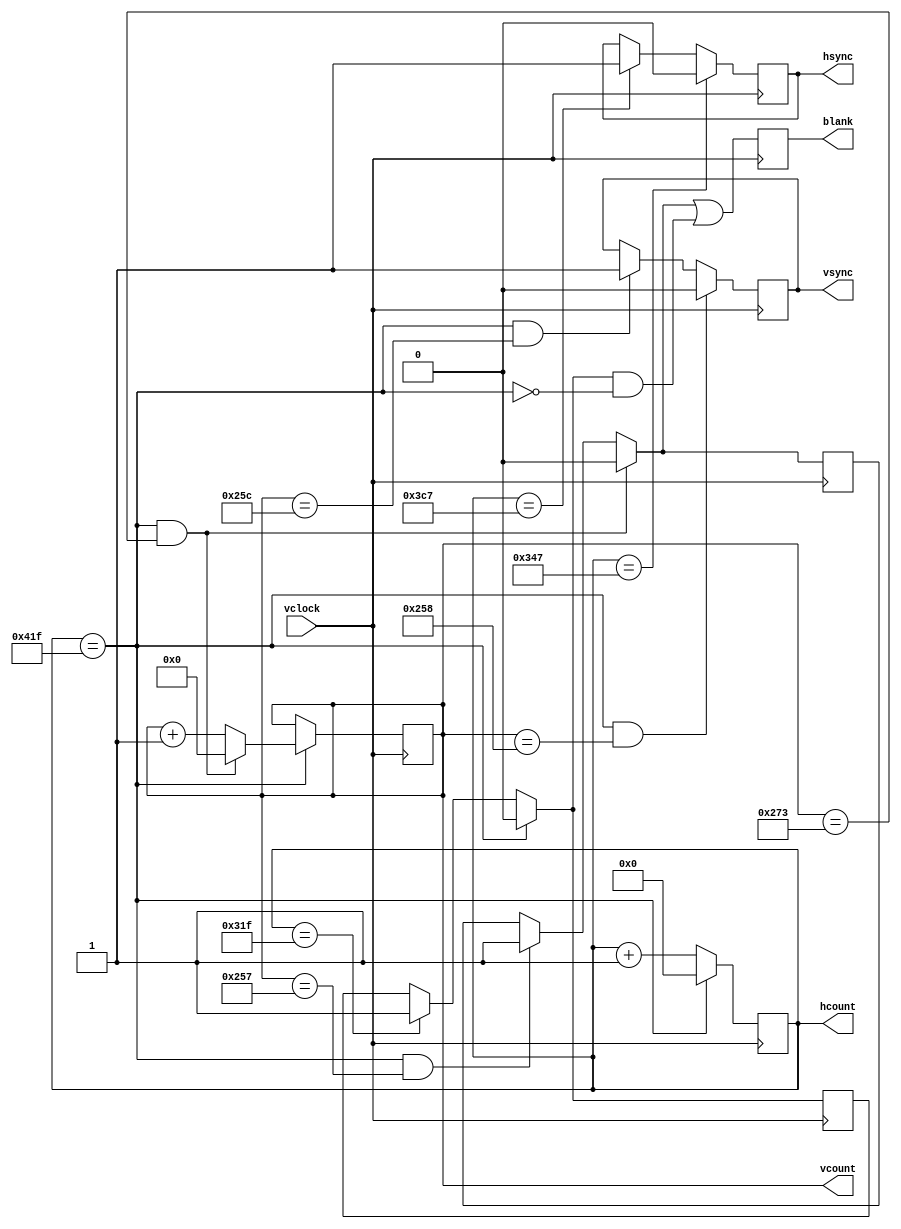
module xvga_1(vclock,hcount,vcount,hsync,vsync,blank);
   input vclock;
   output [10:0] hcount;
   output [9:0] vcount;
   output 	vsync;
   output 	hsync;
   output 	blank;
   reg 	  hsync,vsync,hblank,vblank,blank;
   reg [10:0] 	 hcount;    
   reg [9:0] vcount;	 
   wire      hsyncon,hsyncoff,hreset,hblankon;
   assign    hblankon = (hcount == 799);    
   assign    hsyncon = (hcount == 839);
   assign    hsyncoff = (hcount == 967);
   assign    hreset = (hcount == 1055);
   wire      vsyncon,vsyncoff,vreset,vblankon;
   assign    vblankon = hreset & (vcount == 599);
   assign    vsyncon = hreset & (vcount == 600);
   assign    vsyncoff = hreset & (vcount == 604);
   assign    vreset = hreset & (vcount == 627);
   wire      next_hblank,next_vblank;
   assign next_hblank = hreset ? 0 : hblankon ? 1 : hblank;
   assign next_vblank = vreset ? 0 : vblankon ? 1 : vblank;
   always @(posedge vclock) begin
      hcount <= hreset ? 0 : hcount + 1;
      hblank <= next_hblank;
      hsync <= hsyncon ? 0 : hsyncoff ? 1 : hsync;  
      vcount <= hreset ? (vreset ? 0 : vcount + 1) : vcount;
      vblank <= next_vblank;
      vsync <= vsyncon ? 0 : vsyncoff ? 1 : vsync;  
      blank <= next_vblank | (next_hblank & ~hreset);
   end
endmodule